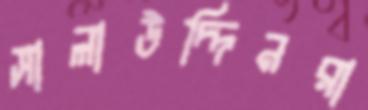
সালাউদ্দিনরা